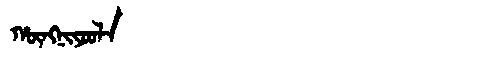
Manchu: ᡥᡡᠩᠨᡳᠶᠣᠣᠯᠠ
Romanization: HŪNGNIYOOLA